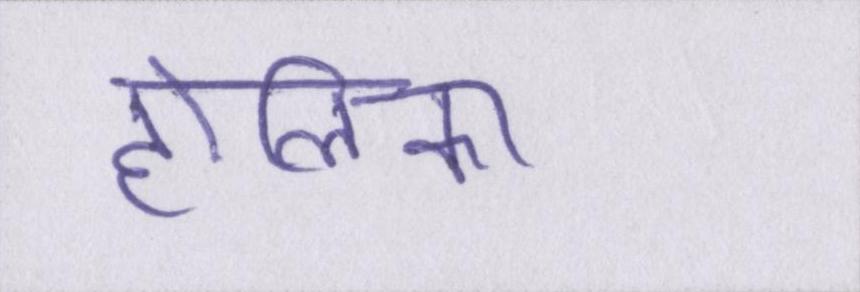
होलिका